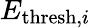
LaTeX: E_{\mathrm{thresh},i}